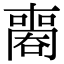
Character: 𠿧